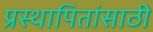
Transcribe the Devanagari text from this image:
प्रस्थापितांसाठी